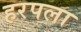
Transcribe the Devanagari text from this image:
हरपला